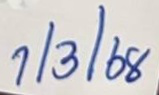
1/3/68